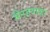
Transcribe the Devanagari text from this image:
भैरहवाका